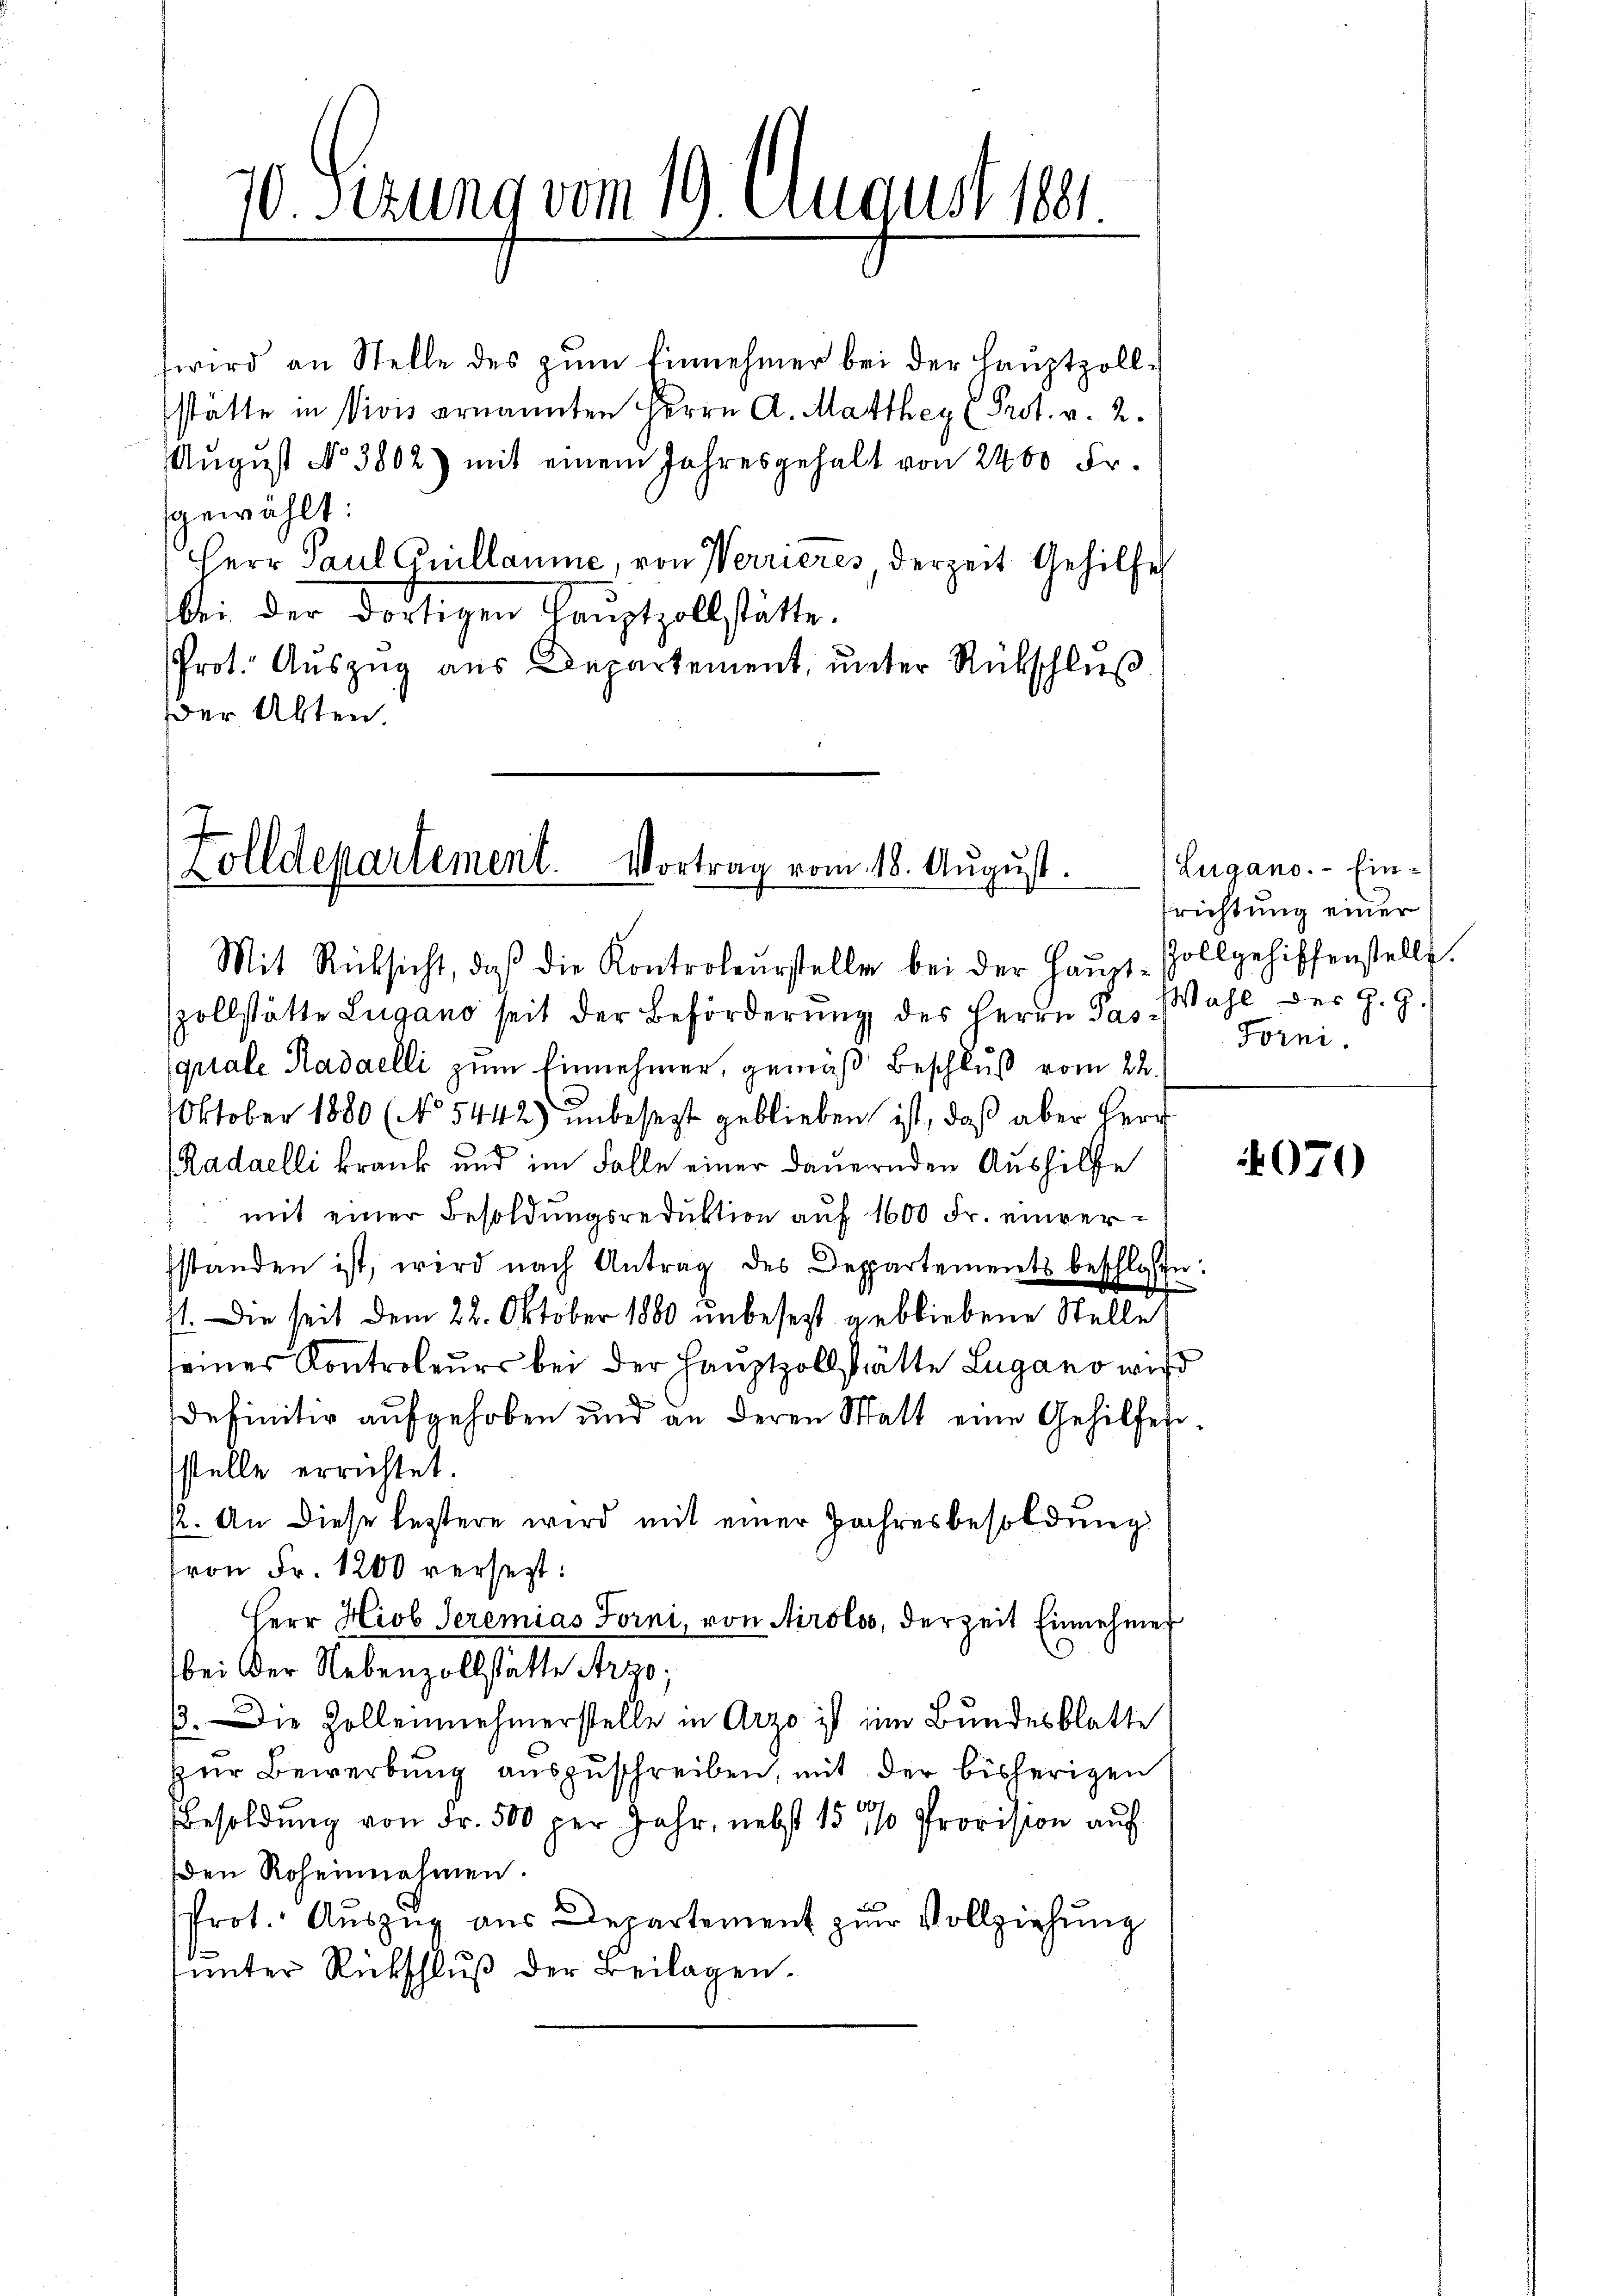
wird an Stelle des zum Einnehmer bei der Hauptzollstätte in Vivis ernannten Herrn A. Marthey (Prot. v. 2.
August No 3802) mit einem Jahresgehalt von 2400 Fr.
gewählt:
Herr Paul Guillaume, von Verrieres, derzeit Gehilfe
bei der dortigen Hauptzollstätte.
Prot. Auszug aus Departement, unter Rückschluß
der Akten.

70. Setzung vom 19. August 1881.

Zolldepartement. Vortrag vom 18. August.
Mit Rücksicht, daβ die Kontroleŭrstelle bei der Haŭpt-Zollgehilfenstellt.

zollstätte Lugano seit der Beförderŭng des Herrn das Wahl der H. G
quale Kadaelli zum Einnehmen, gemäß Beschluß vom 22.
e
Oktober 1880 (No 5442) unbesezt geblieben ist, daß aber Herr
Radaelli krank und im Falle einer dauernden Aushilfe
 mit einer Besoldungsreduktion auf 1600 Fr. einversstanden ist, wird nach Antrag des Departements beschlossen:
st. Die seit dem 22. Oktober 1880 unbesezt gebliebene Stelle
seiner Kontroleurs bei der Hauptzollstätte Lugano wird
d
definitiv aufgehoben und an deren Statt eine Gehilfessstelle errichtet.
p. An diese leztere wird mit einer Jahresbesoldung
von Fr. 1200 versezt:
Herr Hiob Seremias Forni, von Airolo, derzeit Einnehmer
bei der Nebenzollstätte Arzo;
33. Die Zollennehmerstelle in Arzo ist im Bundesblatte
zur Bewerbung auszuschreiben, mit der bisherigen
Besoldung von Fr. 500 per Jahr, nebst 15 % Provision auf
den Roheinnahmen.
Prot. Auszug aus Departement zum Vollziehung
unter Rückschluß der Beilagen.

Lugano. - Ein-
richtung einer
Forni.

4070